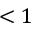
< 1